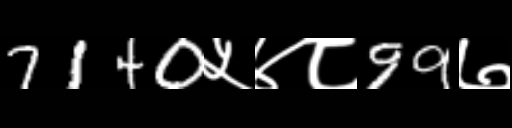
Text: 7140५४८99७